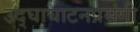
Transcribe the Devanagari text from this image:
उद्‌घाघाटनप्रसंगी